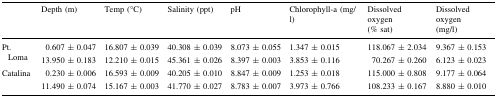
<table><thead><tr><td></td><td><b>Depth (m)</b></td><td><b>Temp (°C)</b></td><td><b>Salinity (ppt)</b></td><td><b>pH</b></td><td><b>Chlorophyll-a (mg/l)</b></td><td><b>Dissolved oxygen(% sat)</b></td><td><b>Dissolved oxygen(mg/l)</b></td></tr></thead><tbody><tr><td rowspan="2">Pt. Loma</td><td>0.607 ± 0.047</td><td>16.807 ± 0.039</td><td>40.308 ± 0.039</td><td>8.073 ± 0.055</td><td>1.347 ± 0.015</td><td>118.067 ± 2.034</td><td>9.367 ± 0.153</td></tr><tr><td>13.950 ± 0.183</td><td>12.210 ± 0.015</td><td>45.361 ± 0.026</td><td>8.397 ± 0.003</td><td>3.853 ± 0.116</td><td>70.267 ± 0.260</td><td>6.123 ± 0.023</td></tr><tr><td rowspan="2">Catalina</td><td>0.230 ± 0.006</td><td>16.593 ± 0.009</td><td>40.205 ± 0.010</td><td>8.847 ± 0.009</td><td>1.253 ± 0.018</td><td>115.000 ± 0.808</td><td>9.177 ± 0.064</td></tr><tr><td>11.490 ± 0.074</td><td>15.167 ± 0.003</td><td>41.770 ± 0.027</td><td>8.783 ± 0.007</td><td>3.973 ± 0.766</td><td>108.233 ± 0.167</td><td>8.880 ± 0.010</td></tr></tbody></table>